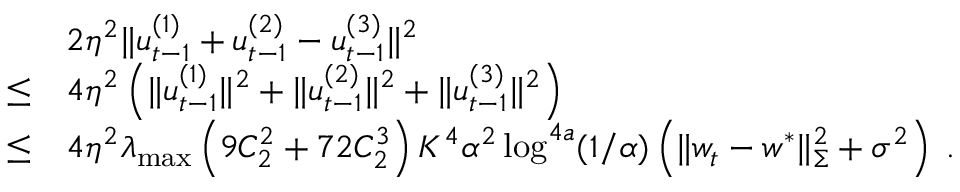
\begin{array} { r l } & { 2 \eta ^ { 2 } \| u _ { t - 1 } ^ { ( 1 ) } + u _ { t - 1 } ^ { ( 2 ) } - u _ { t - 1 } ^ { ( 3 ) } \| ^ { 2 } } \\ { \leq } & { 4 \eta ^ { 2 } \left( \| u _ { t - 1 } ^ { ( 1 ) } \| ^ { 2 } + \| u _ { t - 1 } ^ { ( 2 ) } \| ^ { 2 } + \| u _ { t - 1 } ^ { ( 3 ) } \| ^ { 2 } \right) } \\ { \leq } & { 4 \eta ^ { 2 } \lambda _ { \operatorname* { m a x } } \left( 9 C _ { 2 } ^ { 2 } + 7 2 C _ { 2 } ^ { 3 } \right) K ^ { 4 } \alpha ^ { 2 } \log ^ { 4 a } ( 1 / \alpha ) \left( \| w _ { t } - w ^ { * } \| _ { \Sigma } ^ { 2 } + \sigma ^ { 2 } \right) \; . } \end{array}